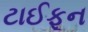
ટાઈફૂન